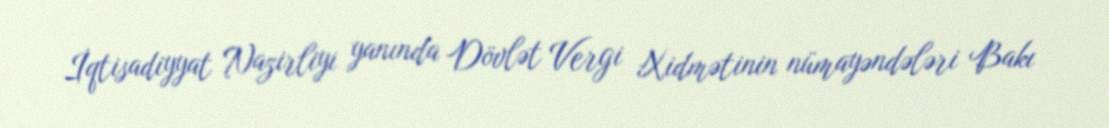
İqtisadiyyat Nazirliyi yanında Dövlət Vergi Xidmətinin nümayəndələri Bakı